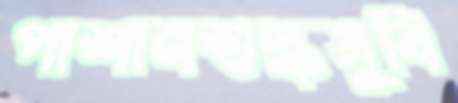
পাশানশুল্কসুবি